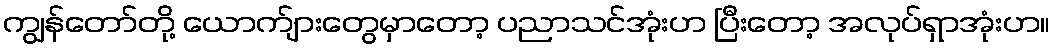
ကျွန်တော်တို့ ယောက်ျားတွေမှာတော့ ပညာသင်အုံးဟ ပြီးတော့ အလုပ်ရှာအုံးဟ။